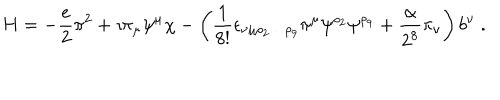
H = - \frac { e } { 2 } \pi ^ { 2 } + \imath \pi _ { \mu } \psi ^ { \mu } \chi - \left( \frac { 1 } { 8 ! } \epsilon _ { \nu \mu \rho _ { 2 } \ldots \rho _ { 9 } } \pi ^ { \mu } \psi ^ { \rho _ { 2 } } \psi ^ { \rho _ { 9 } } + \frac { \alpha } { 2 ^ { 8 } } \pi _ { \nu } \right) b ^ { \nu } \; .